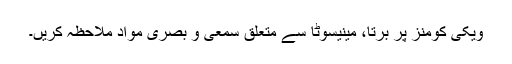
ویکی کومنز پر برتا، مینیسوٹا سے متعلق سمعی و بصری مواد ملاحظہ کریں۔